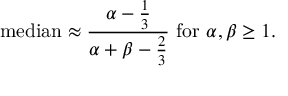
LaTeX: { \mathrm { m e d i a n } } \approx { \frac { \alpha - { \frac { 1 } { 3 } } } { \alpha + \beta - { \frac { 2 } { 3 } } } } { \mathrm { ~ f o r ~ } } \alpha , \beta \geq 1 .